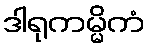
ဒါရုကမ္မိကံ